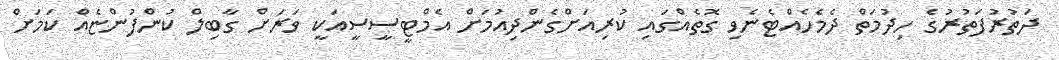
ދަތުރުފަތުރުގެ ހިދުމަތް ދެމެހެއްޓެނެވި ގޮތެއްގައި ކުރިއަށްގެންދިއުމަށް އެމްޓީސީސީއަކީ ވަރަށް ގާބިލް ކުންފުންޏެއް ކަމަށް